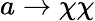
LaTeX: a\to\chi\chi